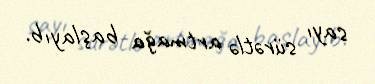
sayı sürətlə artmağa başlayıb.